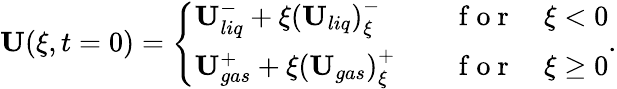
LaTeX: \begin{array}{r}{\mathbf{U}(\xi,t=0)=\left\{ \begin{array}{ll}{\mathbf{U}_{liq}^{-}+\xi\left(\mathbf{U}_{liq}\right)_{\xi}^{-}\quad}&{\mathrm{~f~o~r~}\quad\xi<0}\\ {\mathbf{U}_{gas}^{+}+\xi\left(\mathbf{U}_{gas}\right)_{\xi}^{+}\quad}&{\mathrm{~f~o~r~}\quad\xi\geq 0}\end{array}\right..}\end{array}